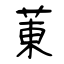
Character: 菄